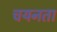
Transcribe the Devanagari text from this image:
चयनता